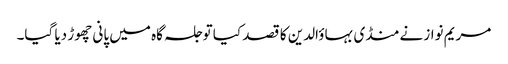
مریم نواز نے منڈی بہاؤالدین کا قصد کیا تو جلسہ گاہ میں پانی چھوڑ دیا گیا۔